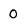
Character: O